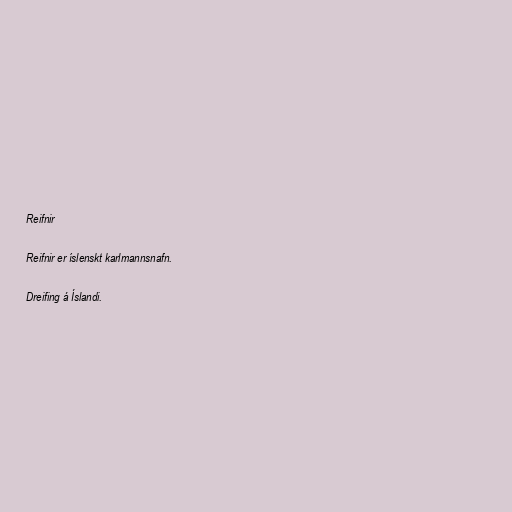
Reifnir

Reifnir er íslenskt karlmannsnafn.

Dreifing á Íslandi.